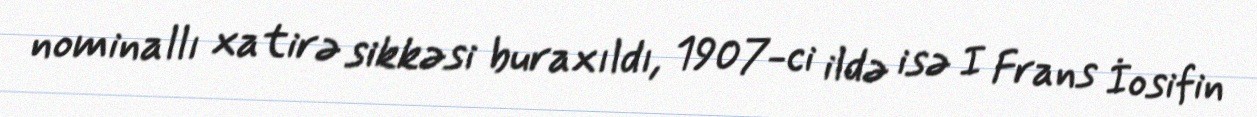
nominallı xatirə sikkəsi buraxıldı, 1907-ci ildə isə I Frans İosifin